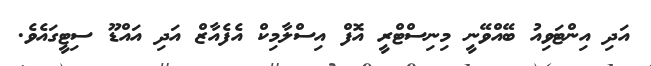
އަދި އިންޓަވިއު ބޭއްވޭނީ މިނިސްޓްރީ އޮފް އިސްލާމިކް އެފެއާޒް އަދި އައްޑޫ ސިޓީގައެވެ.